Annual statistical returns and brief notes on vaccination in Bengal - 1909-1929
Year: 1909
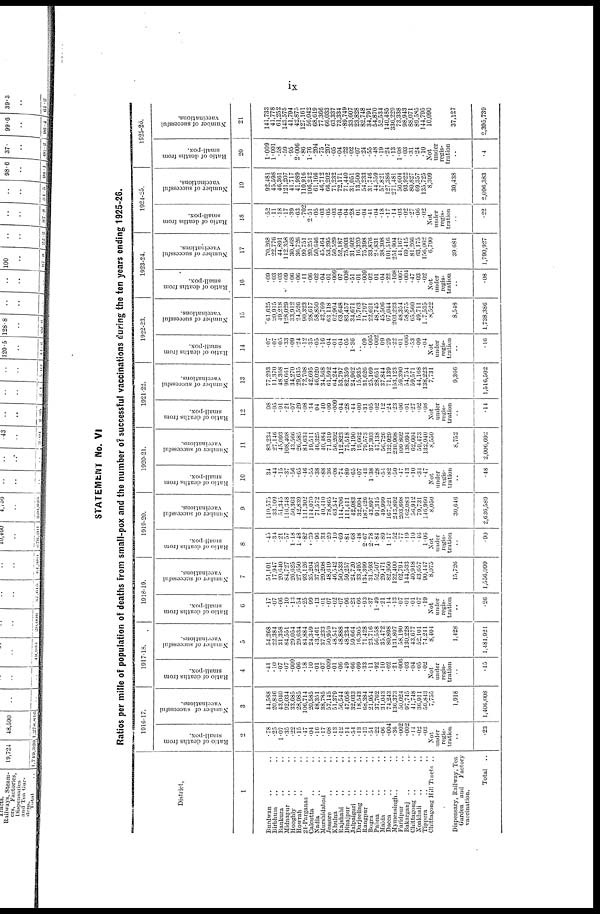
ix
STATEMENT No. VI
Ratios per mille of population of deaths from small-pox and the number of successful vaccinations during the ten years ending 1925-26.
District.
1
Burdwan .. ..
Birbhum .. ..
Bankura .. ..
Midnapur .. ..
Hooghly .. ..
Howrah .. ..
24-Parganas ..
Calcutta .. ..
Nadia .. ..
Murshidabad ..
Jessore .. ..
Khulna .. ..
Rajshahi .. ..
Dinajpur .. ..
Jalpaiguri .. ..
Darjeeling .. ..
Rangpur .. ..
Bogra .. ..
Pabna .. ..
Malda .. ..
Dacca .. ..
Mymensingh.. ..
Faridpur .. ..
Bakarganj .. ..
Chittagong .. ..
Noakhali .. ..
Tippera .. ..
Chittagong Hill Tracts ..
Dispensary, Railway, Tea
Garden and Factory
vaccination.
Total ..
1916-17.
Ratio of deaths from
small-pox.
2
.78
.25
1.07
.35
.22
.15
.47
.04
.16
.17
.08
.13
.12
.14
.54
.13
.13
.51
.22
.06
.004
.36
.002
.002
.14
.02
.03
Not
under
regis-
tration
..
.23
Number of successful
vaccinations.
3
44,588
20,836
43,040
92,034
33,685
28,985
106,714
20,585
48,351
38,785
57,145
51,379
56,544
47,058
32,033
18,543
68,384
21,954
37,762
31,043
74,243
136,373
50,024
97,745
41,748
36,911
59,843
7,755
1,918
1,406,008
1917-18.
Ratio of deaths from
small-pox.
4
.41
.10
.07
.07
.009
.06
.18
.10
.01
.07
.009
.01
.06
.49
.66
.09
.33
.11
.92
.10
.02
.21
.006
.03
.04
.05
.02
Not
under
regis-
tration
..
.15
Number of successful
vaccinations.
5
54,268
22,384
31,358
84,551
29,054
29,634
84,884
24,349
43,461
37,233
50,959
48,547
48,888
48,234
59,664
16,305
71,428
23,716
56,558
35,472
80,898
131,807
58,190
130,228
43,677
52,101
74,241
8,404
1,428
1,481,921
1918-19.
Ratio of deaths from
small-pox.
6
.17
.07
.06
.10
.13
.54
.25
.99
.13
.01
.07
.02
.07
.96
.23
.66
.93
.37
1.49
.21
.14
.13
.07
.01
.01
.07
.19
Not
under
regis-
tration
..
.26
Number of successful
vaccinations.
7
51,101
17,947
20,640
84,727
26,625
27,650
93,126
35,204
37,235
29,208
48,619
46,542
50,533
59,257
24,720
33,495
134,399
31,593
52,507
29,471
82,950
132,400
62,794
144,533
40,918
43,657
90,447
8,075
15,726
1,556,099
1919-20.
Ratio of deaths from
small-pox.
8
.45
.34
.21
.57
1.18
1.48
.82
1.39
.96
.33
.20
.10
.69
.81
.68
.48
2.67
2.78
1.84
.89
1.17
.52
.77
.19
.10
.46
1.06
Not
under
regis-
tration
..
.90
Number of successful
vaccinations.
9
110,575
33,109
51,345
116,348
50,363
42,839
111,302
114,070
71,572
40,410
78,865
63,547
114,706
111,411
42,083
32,004
187,426
43,897
91,315
49,999
167,421
243,892
203,698
162,083
56,912
79,731
146,960
8,050
30,646
2,636,589
1920-21.
Ratio of deaths from
small-pox.
10
.34
.44
.15
.37
.56
.65
.46
.55
.38
.88
.36
.08
.74
.89
.65
.07
.43
1.38
.28
.54
.82
.50
.47
.13
.10
.34
.47
Not
under
regis-
tration
..
.48
Number of successful
vaccinations.
11
83,234
27,146
45,093
108,408
43,566
26,585
81,634
19,511
46,325
40,484
71,919
56,202
112,823
75,518
34,190
19,662
79,573
37,303
47,138
56,726
132,929
239,908
109,802
138,694
62,604
59,473
132,940
8,550
8,752
2,006,692
1921-22.
Ratio of deaths from
small-pox.
12
.08
.05
.01
.21
.07
.29
.08
.34
.04
.40
.09
.009
.04
.28
.44
.00
.31
.05
.02
.12
.24
.23
.06
.01
.27
.02
.08
Not
under
regis-
tration
..
.14
Number of successful
vaccinations.
13
77,293
11,370
48,368
96,661
34,270
29,635
72,708
42,695
46,020
34,568
61,592
64,244
53,797
82,359
24,962
15,935
31,626
25,169
28,651
37,844
71,139
153,123
59,390
54,754
59,571
44,168
138,223
7,731
9,366
1,516,502
1922-23.
Ratio of deaths from
small-pox.
14
.07
.07
.05
.33
.09
.24
.12
.35
.05
.16
.04
.01
.04
.05
1.36
..
.09
.005
.002
.09
.29
.22
.01
.006
.53
.09
.04
Not
under
regis-
tration
..
.16
Number of successful
vaccinations.
15
61,025
20,915
49,218
128,029
33,912
24,526
90,323
28,617
58,850
43,769
63,118
62,904
63,648
83,457
34,671
15,763
71,797
22,621
48,745
45,506
97,044
203,223
48,354
58,875
65,500
49,711
107,535
8,522
8,548
1,738,380
1923-24.
Ratio of deaths from
small-pox.
16
.09
.03
.03
.09
.06
.06
.11
.06
.02
.04
.01
.009
.07
.008
.51
.01
.009
.02
.01
.04
.22
.108
.007
.004
.47
.03
.02
Not
under
regis-
tration
..
.08
Number of successful
vaccinations.
17
70,268
22,776
44,891
112,358
30,468
36,726
99,751
20,251
50,046
45,464
53,295
50,529
52,187
75,003
31,602
16,320
75,398
33,876
28,831
38,308
101,516
251,904
41,167
69,415
81,266
63,175
156,062
6,790
39,681
1,790,927
1924-25.
Ratio of deaths from
small-pox.
18
.52
.11
.18
.17
.39
.63
.702
2.51
.05
.03
.05
.03
.04
.04
.28
.01
.04
.41
.04
.18
.17
.14
.03
.02
.27
.06
.02
Not
under
regis-
tration
..
.22
Number of successful
vaccinations.
19
92,481
45,598
46,361
121,207
41,717
41,989
110,916
106,242
61,166
46,712
66,202
71,232
72,171
71,440
31,051
13,500
54,233
31,746
44,559
57,821
127,386
271,481
50,604
93,922
80,827
69,357
135,725
8,309
30,438
2,096,383
1925-26.
Ratio of deaths from
small-pox.
20
1.009
1.001
.58
.59
.95
2.006
.86
1.76
.204
.75
.207
.05
.04
.22
.02
.07
.24
.55
.48
.19
.24
.13
1.03
.03
.31
.24
.10
Not
under
regis-
tration
..
.4
Number of successful
vaccinations.
21
141,733
41,778
61,252
143,575
41,794
42,875
127,161
56,042
68,619
77,366
66,033
63,337
73,334
89,749
33,607
23,828
82,748
34,791
54,870
52,534
140,485
336,229
73,338
98,943
88,071
89,585
144,795
10,090
37,127
2,395,739